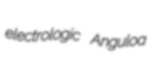
electrologic Anguloa